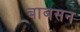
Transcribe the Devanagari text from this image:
बाबसन